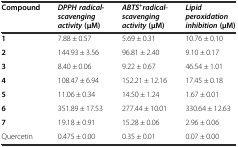
| Compound | DPPH radical-scavenging activity(μM) | ABTS+radical-scavenging activity(μM) | Lipid peroxidation inhibition(μM) |
 | --- | --- | --- | --- |
 | 1 | 7.88 ± 0.57 | 5.69 ± 0.31 | 10.76 ± 0.10 |
 | 2 | 144.93 ± 3.56 | 96.81 ± 2.40 | 9.10 ± 0.17 |
 | 3 | 8.40 ± 0.06 | 9.22 ± 0.67 | 46.54 ± 1.01 |
 | 4 | 108.47 ± 6.94 | 152.21 ± 12.16 | 17.45 ± 0.18 |
 | 5 | 11.06 ± 0.34 | 14.50 ± 1.24 | 1.67 ± 0.01 |
 | 6 | 351.89 ± 17.53 | 277.44 ± 10.01 | 330.64 ± 12.63 |
 | 7 | 19.18 ± 0.91 | 15.28 ± 0.06 | 2.96 ± 0.06 |
 | Quercetin | 0.475 ± 0.00 | 0.35 ± 0.01 | 0.07 ± 0.00 |